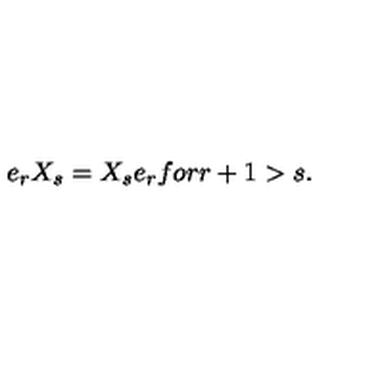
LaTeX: e _ { r } X _ { s } = X _ { s } e _ { r } f o r r + 1 > s .